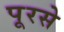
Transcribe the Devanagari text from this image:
पूरसे